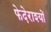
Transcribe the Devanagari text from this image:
फेदेराश्यों